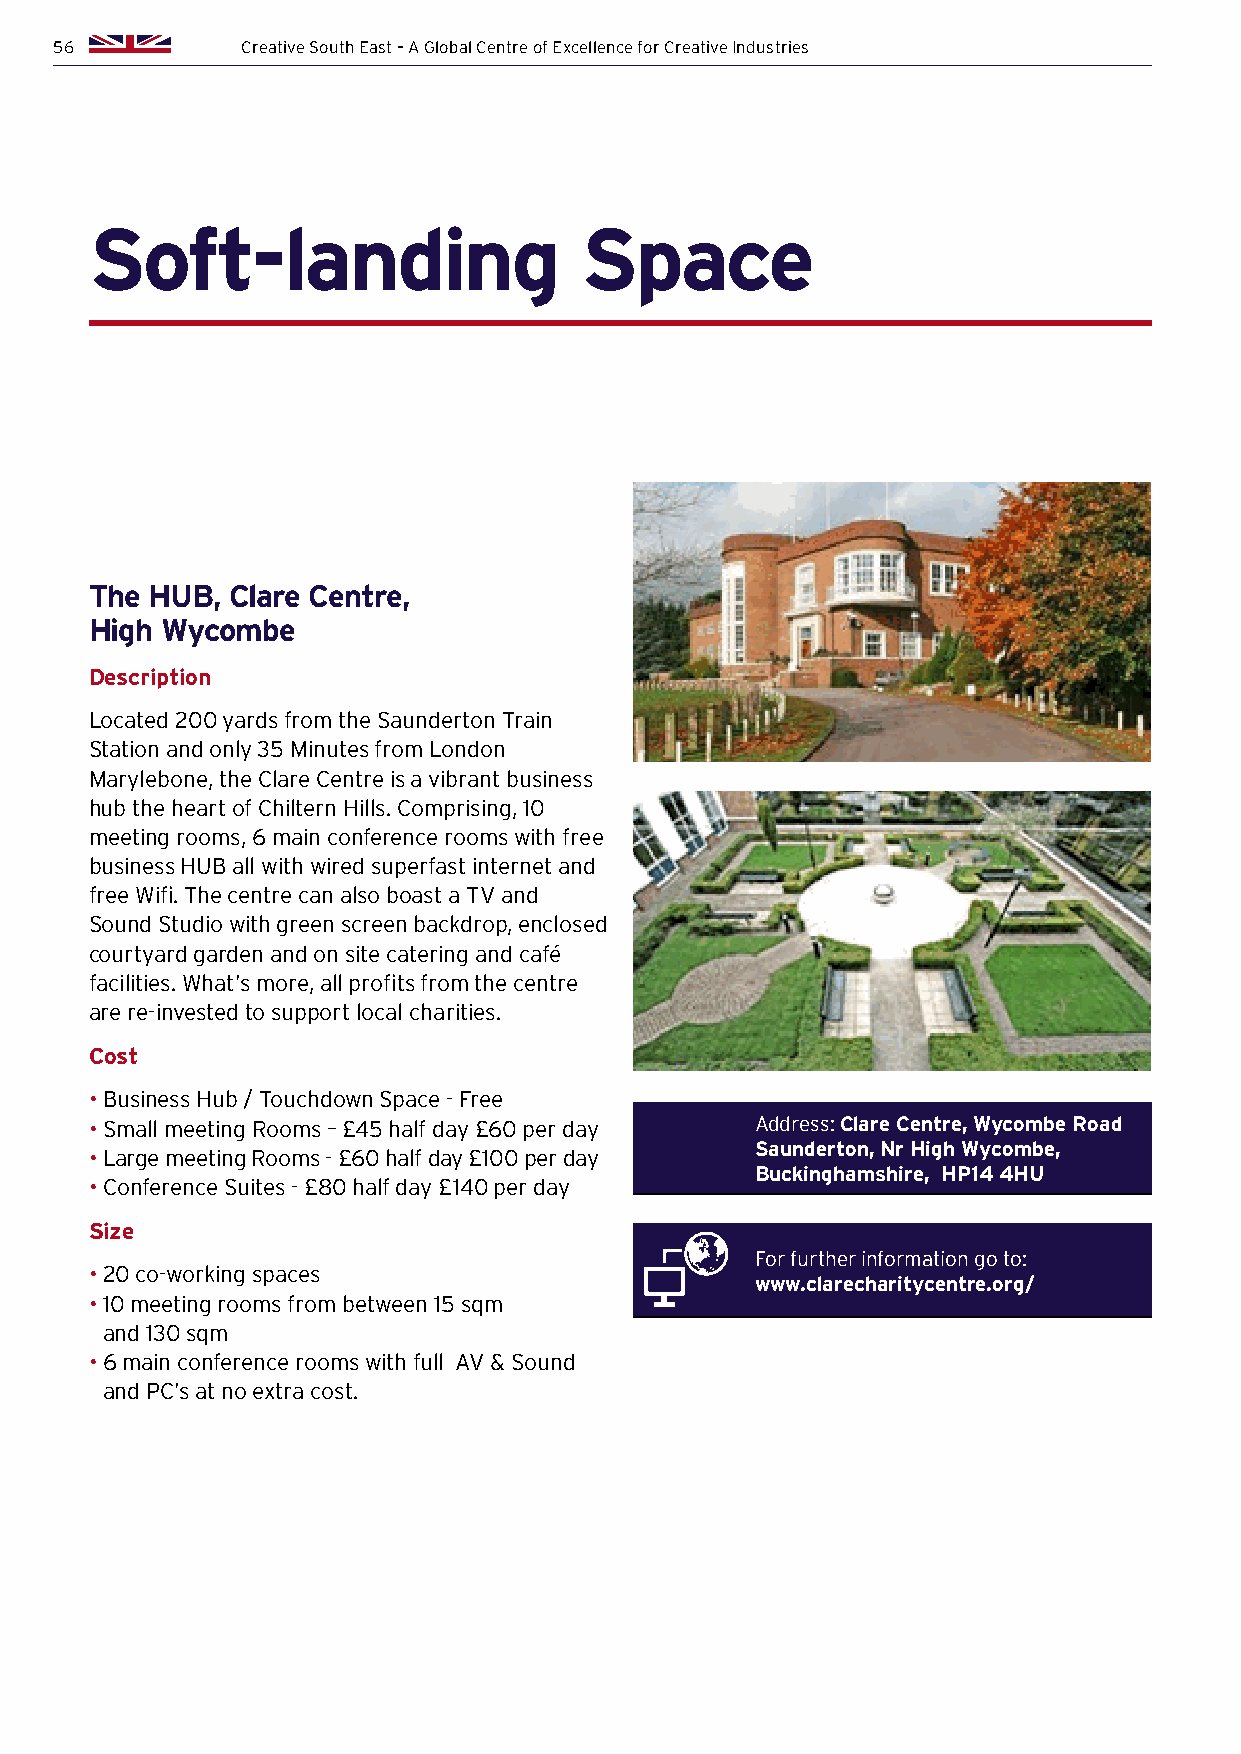
56          Creative South East – A Global Centre of Excellence for Creative Industries
 Soft-landing                    Space
 The HUB, Clare Centre,
 High Wycombe
 Description
 Located 200 yards from the Saunderton Train
 Station and only 35 Minutes from London
 Marylebone, the Clare Centre is a vibrant business
 hub the heart of Chiltern Hills. Comprising, 10
 meeting rooms, 6 main conference rooms with free
 business HUB all with wired superfast internet and
 free Wifi. The centre can also boast a TV and
 Sound Studio with green screen backdrop, enclosed
 courtyard garden and on site catering and café
 facilities. What’s more, all profits from the centre
 are re-invested to support local charities.
 Cost
 • B usiness Hub / Touchdown Space - Free
 • S mall meeting Rooms – £45 half day £60 per day Address: Clare Centre, Wycombe Road
 Saunderton, Nr High Wycombe,
 • Large meeting Rooms - £60 half day £100 per day
 Buckinghamshire, HP14 4HU
 • C onference Suites - £80 half day £140 per day
 Size
 For further information go to:
 • 2 0 co-working spaces
 www.clarecharitycentre.org/
 • 1 0 meeting rooms from between 15 sqm
 and 130 sqm
 • 6 main conference rooms with full AV & Sound
 and PC’s at no extra cost.